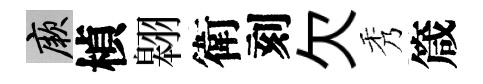
厥楨翱衛刻欠秀箴